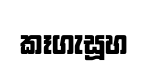
කෑගැසූහ